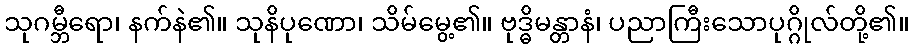
သုဂမ္ဘီရော၊ နက်နဲ၏။ သုနိပုဏော၊ သိမ်မွေ့၏။ ဗုဒ္ဓိမန္တာနံ၊ ပညာကြီးသောပုဂ္ဂိုလ်တို့၏။